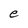
Character: e